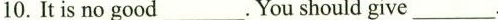
10. It is no good___. You should give ___ .